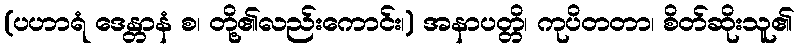
(ပဟာရံ ဒေန္တာနံ စ၊ တို့၏လည်းကောင်း၊) အနာပတ္တိ၊ ကုပိတတာ၊ စိတ်ဆိုးသူ၏